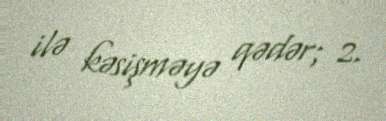
ilə kəsişməyə qədər; 2.